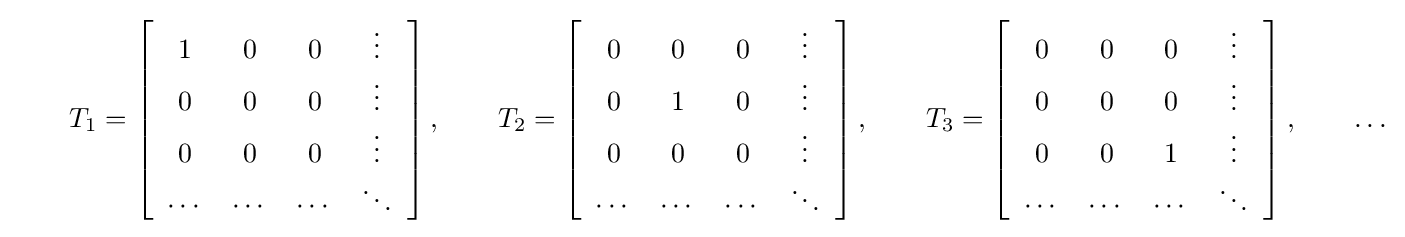
\qquad T_{1}=\left[{\begin{array}{cccc}1&0&0&\vdots \\0&0&0&\vdots \\0&0&0&\vdots \\\cdots &\cdots &\cdots &\ddots \end{array}}\right],\qquad T_{2}=\left[{\begin{array}{cccc}0&0&0&\vdots \\0&1&0&\vdots \\0&0&0&\vdots \\\cdots &\cdots &\cdots &\ddots \end{array}}\right],\qquad T_{3}=\left[{\begin{array}{cccc}0&0&0&\vdots \\0&0&0&\vdots \\0&0&1&\vdots \\\cdots &\cdots &\cdots &\ddots \end{array}}\right],\qquad \dots